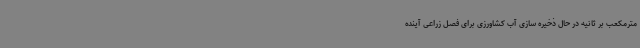
مترمکعب بر ثانیه در حال ذخیره سازی آب کشاورزی برای فصل زراعی آینده